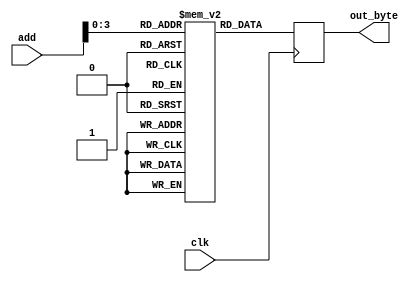
`timescale 1ns / 1ps
//////////////////////////////////////////////////////////////////////////////////
// Company: 
// 
// Design Name: 
// Module Name:    memory 
// Project Name: 
// Target Devices: Waxwing SPARTAN 6 FPGA 
// Tool versions: 
// Description: 
//
// Dependencies: 
//
// Revision: 
// Revision 0.01 - File Created
// Additional Comments: 
//
//////////////////////////////////////////////////////////////////////////////////
module memory(clk,add,out_byte);	  
	//input clk, [7:0] tmpbyte;
	input [4:0] add;
	input clk;
	output reg  [7:0] out_byte;
	reg [7:0] mem [15:0];
	initial begin	
		mem[0]=8'h4B;
		mem[1]=8'h49;
		mem[2]=8'h53;
		mem[3]=8'h48;
		mem[4]=8'h41;
		mem[5]=8'h4E;
		mem[6]=8'h20;
		mem[7]=8'h20;
		mem[8]=8'h20;
		mem[9]=8'h50;
		mem[10]=8'h41;
		mem[11]=8'h54;
		mem[12]=8'h45;
		mem[13]=8'h4C;
		mem[14]=8'h0A;
		mem[15]=8'h0D;
	end		
	always @(posedge clk) begin
		out_byte = mem[add];
	end
		
endmodule